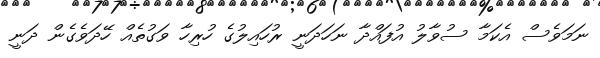
ނަމަވެސް އެކަމާ ސުވާލު އުފައްދާ ނަހަދަނީ ރުހައިލުގެ ހުރިހާ ވަގުތެއް ހޭދަވެގެން ދަނީ